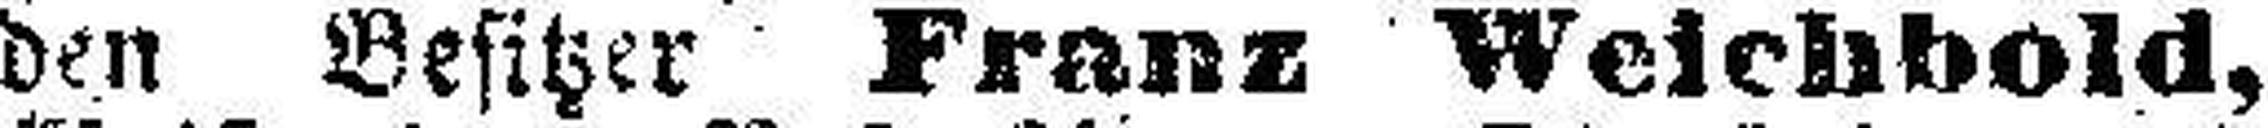
den Besitzer Franz Weichbold,